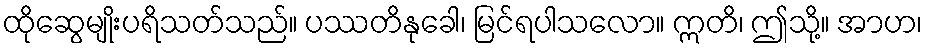
ထိုဆွေမျိုးပရိသတ်သည်။ ပဿတိနုခေါ၊ မြင်ရပါသလော။ ဣတိ၊ ဤသို့။ အာဟ၊